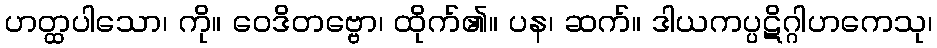
ဟတ္ထပါသော၊ ကို။ ဝေဒိတဗ္ဗော၊ ထိုက်၏။ ပန၊ ဆက်။ ဒါယကပ္ပဋိဂ္ဂါဟကေသု၊